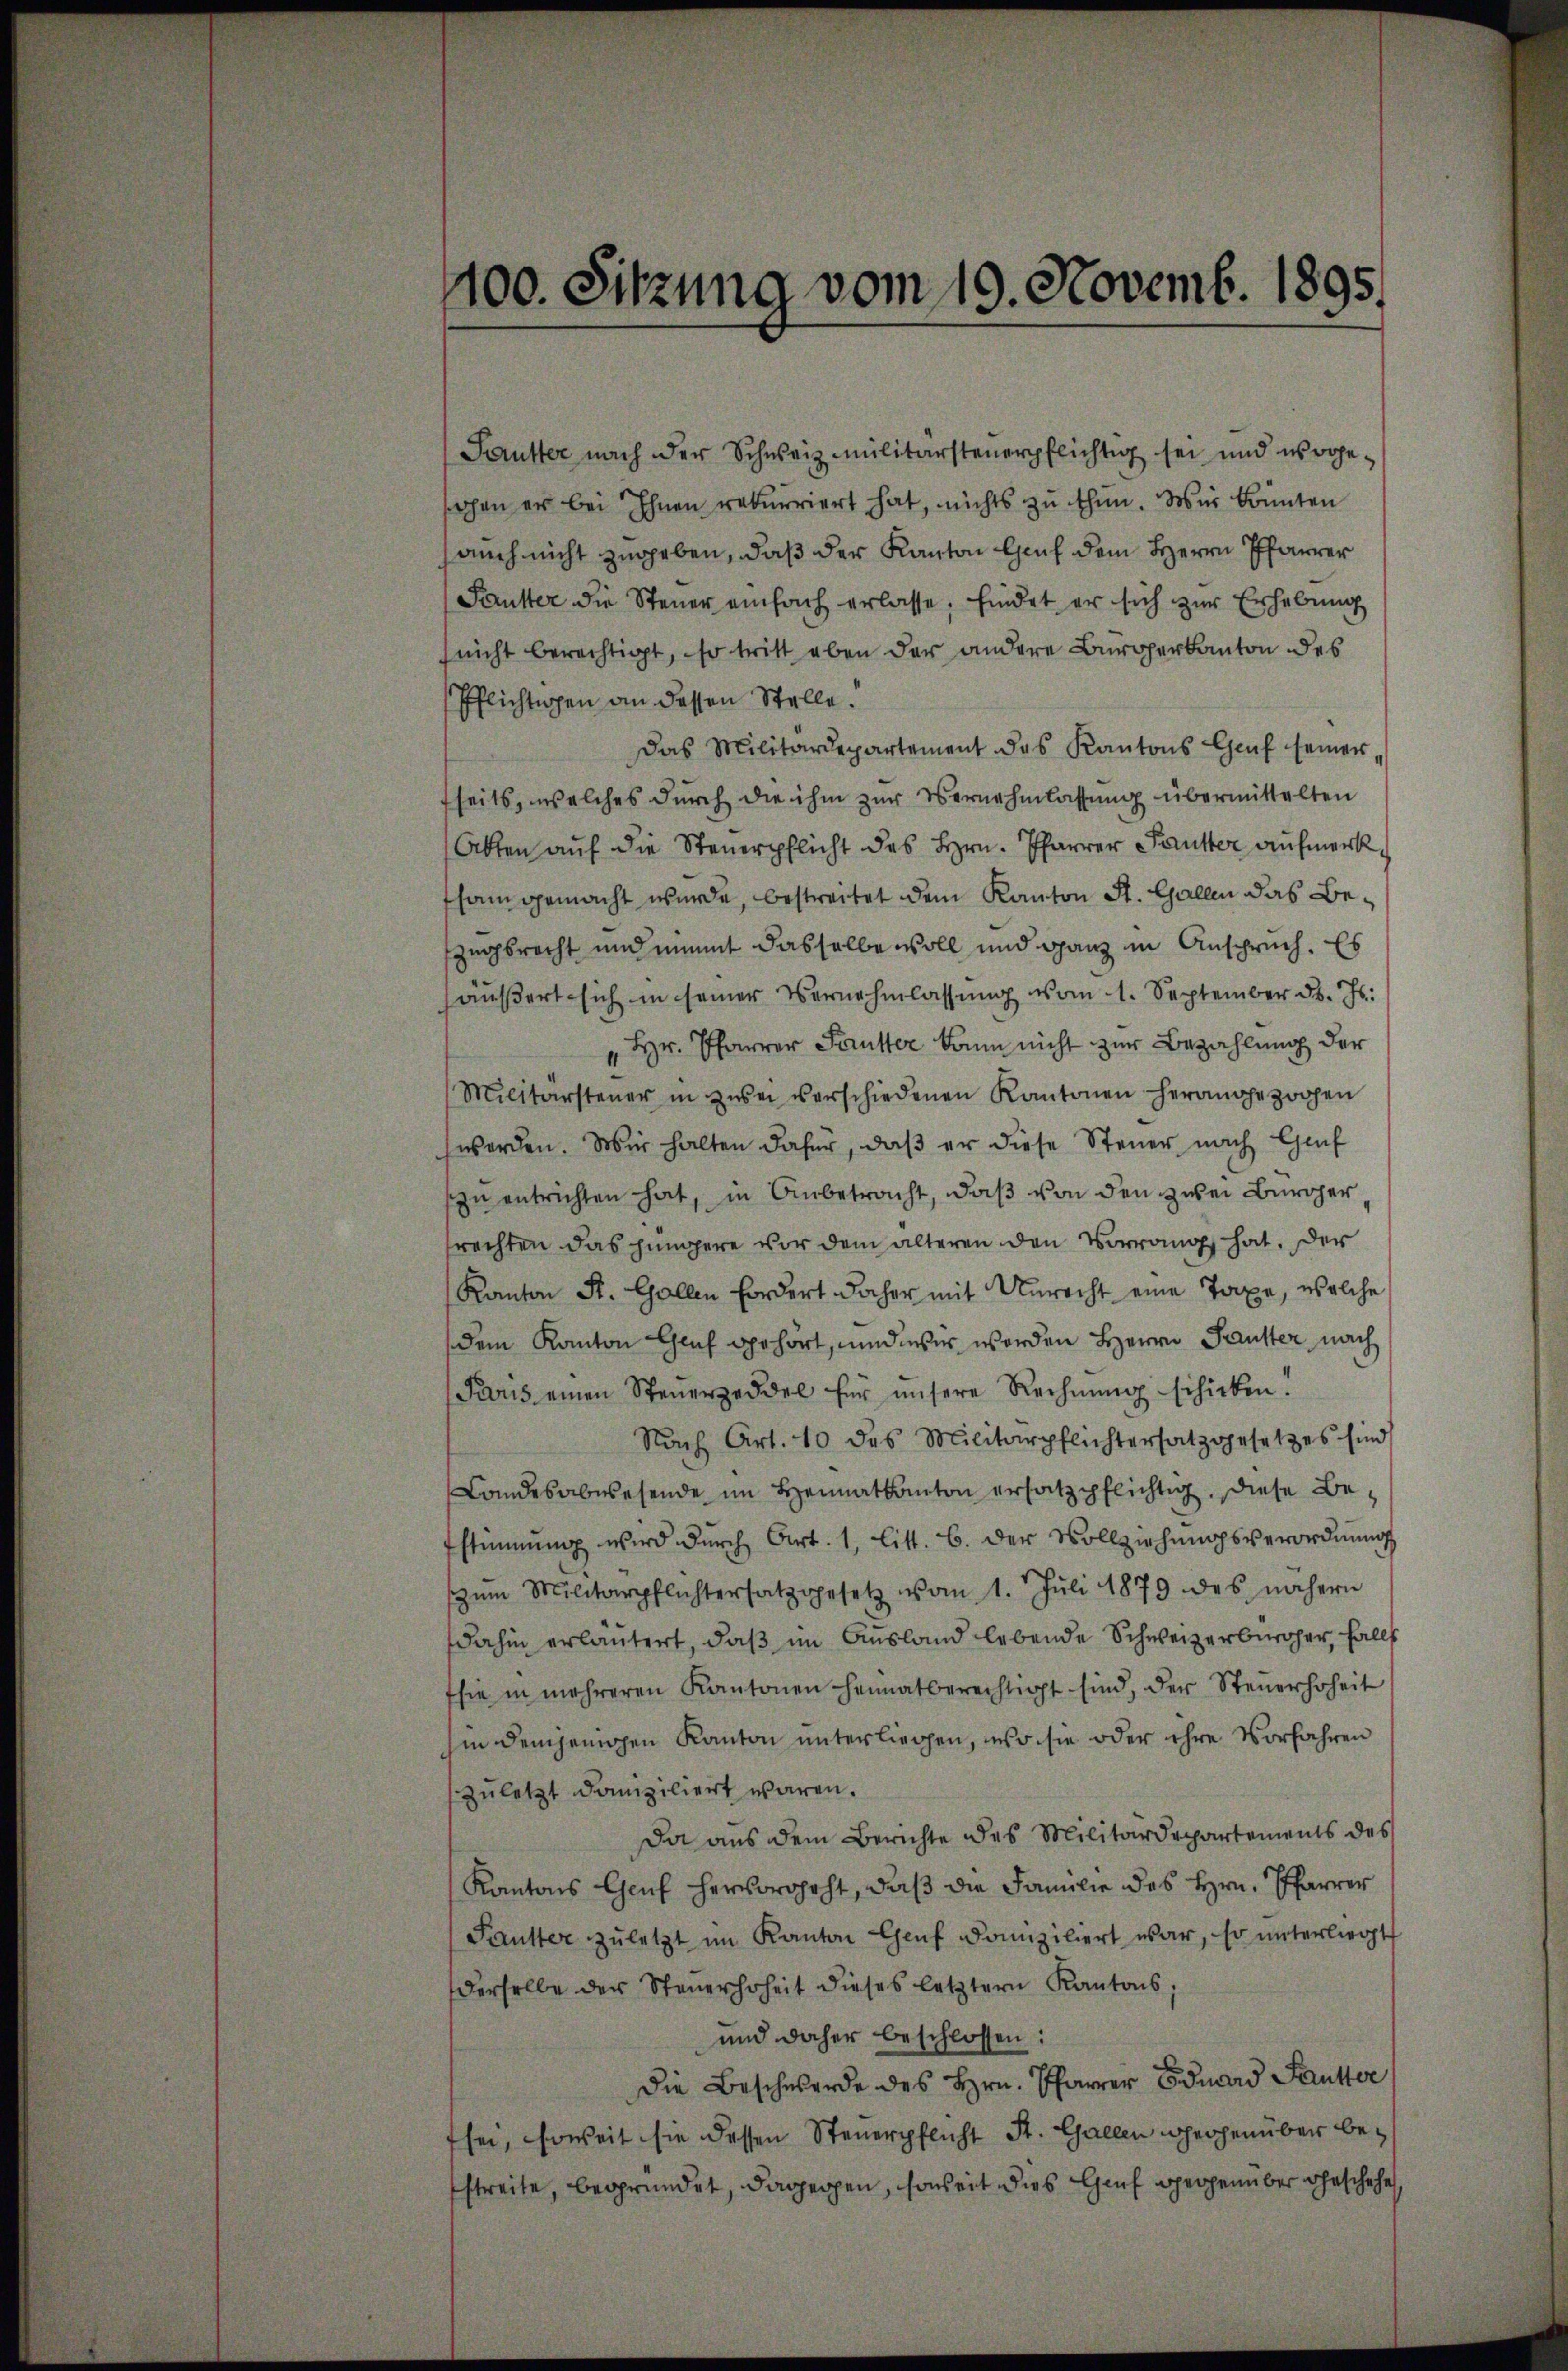
400. Sitzung vom 19. Novemb. 1895.

Pautter nach der Schweiz militärsteuerpflichtig sei und wogesahen er bei Ihnen rekurriert hat, nichts zu thun. Wir könnten
auch nicht zugeben, daß der Kanton Genf dem Herrn Pfarrer
Fautter die Steuer einfach erlasse, findet er sich zur Erhebung
(nicht berechtigt, so tritt eben der andere Bürgerkanton des
Pflichtigen an dessen Stelle.
Das Militärdepartement des Kantons Genf seiner,
fseits, welches durch die ihm zur Vernehmlassung übermittelten
Akten auf die Steuerpflicht des Hrn. Pfarrer Fauster aufmerksam gemacht wurde, bestreitet dem Kanton St. Gallen das Beszugsrecht und nimmt dasselbe woll und ganz in Anspruch. Es
äŭβert sich in seiner Vernehmlassŭng vom 1. September d. Js.
" Hr. Pfarrer Sautter kann nicht zur Bezahlung der
Militärsteŭer in zwei verschiedenen Kantonen herangezogen
worden. Wir halten dafür, daß er diese Steuer nach Gef
zŭ entrichten hat, in Anbetracht, daβ von den zwei Bürger,
rechten das jüngere vor dem älteren den Vorrang hat. Der
Kanton St. Gallen Fordert daher mit Unrecht eine Taxe, welche
dem Kanton Genf gehört, und wir werden Herrn Fauster nach
Paris einen Steŭerzeddel für unsere Rechnŭng schieben!
Nach Art. 10 des Militärpflichtersatzgesetzes sind
Landesabwesende im Heimatkanton ersatzpflichtig. Diese Be-
stimmung wird dŭrch Art. 1, Litt. B. der Vollziehŭngsverordnŭng
zŭm Militärpflichtersatz gesetz vom 1. Juli 1879 des nähern
dahin erläutert, daß im Ausland lebende Schweizerbürger, falls
sie in mehreren Kantonen heimatberechtigt sind, der Steŭerhoheit
hin demjenigen Kanton unterliegen, wo sie oder ihre Vorfahren
zuletzt domiziliert waren.
Da aus dem Berichte des Militärdepartements des
Kantons Genf hervorgeht, daß die Familie des Hrn. Pfarrer
Pautter zuletzt im Kanton Genf domiziliert war, so unterliegt
derselbe der Steŭerhoheit dieses letztern Kantons,
und daher beschlossen:
Die Beschwerde des Hrn. Pfarrer Eduard Sautter,
sei, soweit sie dessen Steuerpflicht St. Gallen gegenüber bestreite, begründet, dagegen, soweit dies Genf gegenüber geschehen,